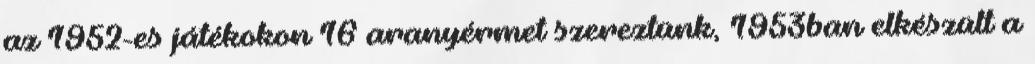
az 1952-es játékokon 16 aranyérmet szereztünk, 1953ban elkészült a